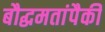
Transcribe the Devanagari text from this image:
बौद्धमतांपैकी